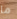
ما